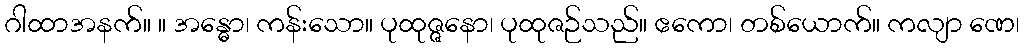
ဂါထာအနက်။ ။ အန္ဓော၊ ကန်းသော။ ပုထုဇ္ဇနော၊ ပုထုဇဉ်သည်။ ဧကော၊ တစ်ယောက်။ ကလျာ ဏေ၊